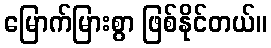
မြောက်မြားစွာ ဖြစ်နိုင်တယ်။